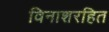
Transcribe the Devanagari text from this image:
विनाशरहित